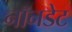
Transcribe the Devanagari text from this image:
नॉनडेट